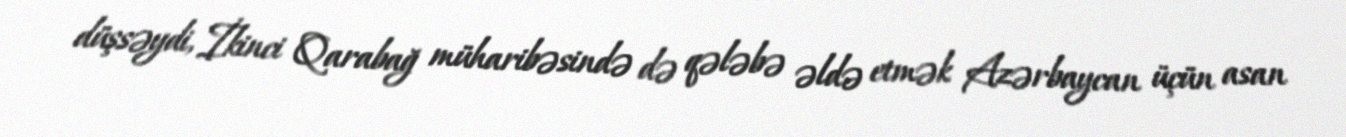
düşsəydi, İkinci Qarabağ müharibəsində də qələbə əldə etmək Azərbaycan üçün asan